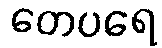
တေပရေ